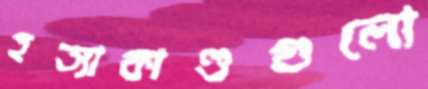
হত্যাকাণ্ডগুলো